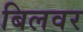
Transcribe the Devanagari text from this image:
बिलवर